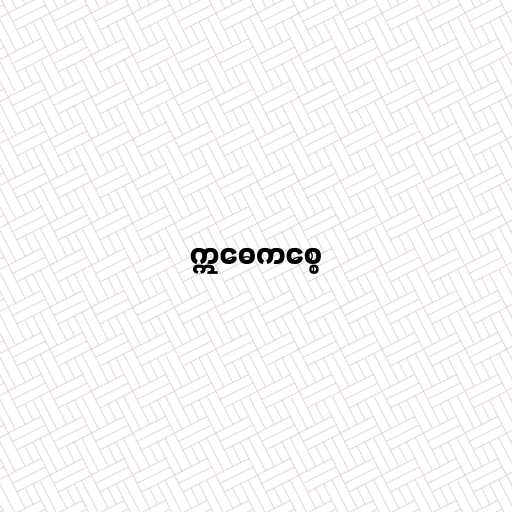
ဣဓေကစ္စေ